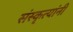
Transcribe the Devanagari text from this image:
संस्कृत्यांनी